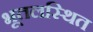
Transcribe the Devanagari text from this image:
भूतलस्थित